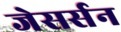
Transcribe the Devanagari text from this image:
जेसर्सन